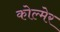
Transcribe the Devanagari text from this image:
कोल्मेर